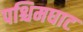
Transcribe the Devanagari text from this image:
पश्चिमघाट